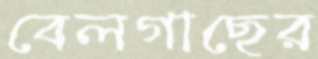
বেলগাছের